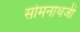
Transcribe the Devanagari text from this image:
सोमनाथजी